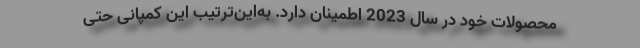
محصولات خود در سال 2023 اطمینان دارد. به‌این‌ترتیب این کمپانی حتی